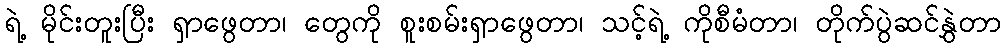
ရဲ့ မိုင်းတူးပြီး ရှာဖွေတာ၊ တွေကို စူးစမ်းရှာဖွေတာ၊ သင့်ရဲ့ ကိုစီမံတာ၊ တိုက်ပွဲဆင်နွှဲတာ